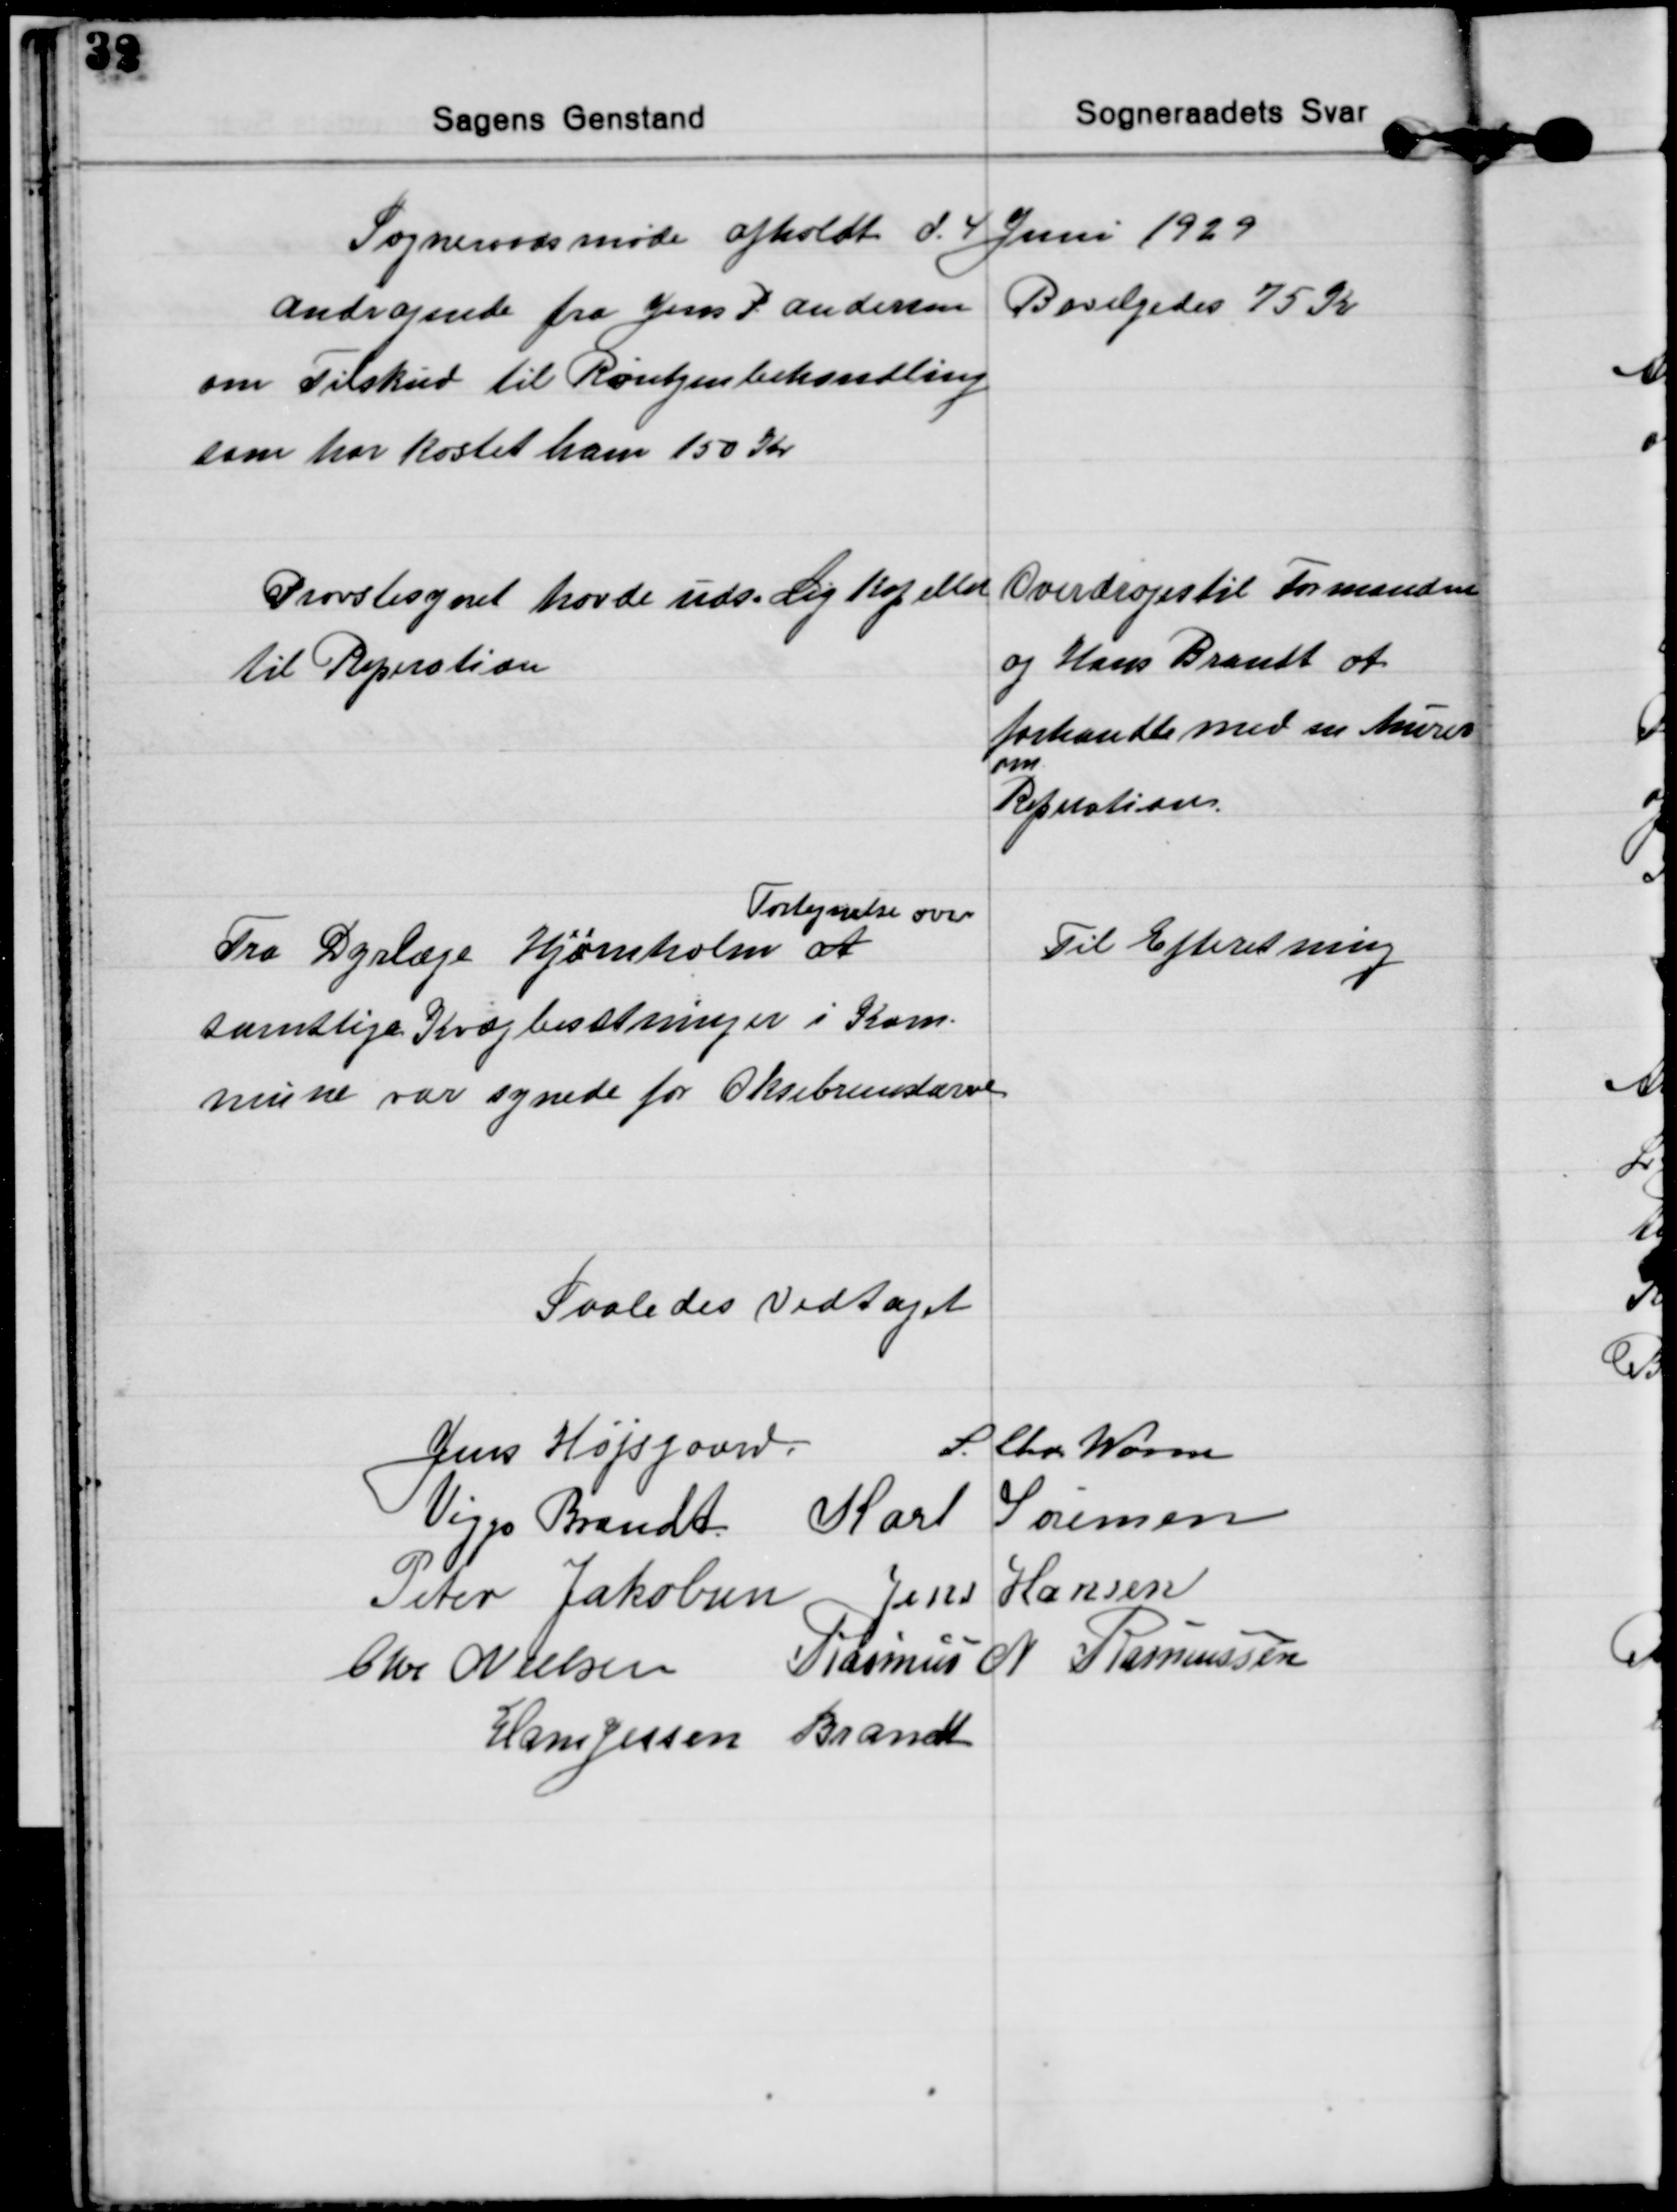
Transskription:
Sogneraadsmøde afholdt d. 4 Juni 1929

Andragende fra Jens P. Andersen
om Tilskud til Røntgenbehandling
som har kostet ham 150 Kr
Bevilgedes 75 Kr

Provstisynet havde uds. Lig Kapellet
til Reperation
Overdroges til Formanden
og Hans Brandt at
forhandle med en Murer
om
Reperation.

Fra Dyrlæge Hjørnholm at 
Fortegnelse over
samtlige Kvægbesætninger i Kom-
mune var synede for Oksebremslarver
Til Efteretning

Saaledes Vedtaget

Jens Højsgaard. S. Chr. Worm
Viggo Brandt Karl Sørensen
Peter Jakobsen Jens Hansen
Chr Nielsen Rasmus N. Rasmussen
Hans Jessen Brandt